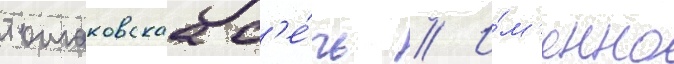
томаковскаа с'е́чь // И́м'енно